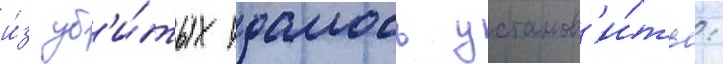
и́з уб'и́тых удалось установ'и́ть: